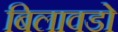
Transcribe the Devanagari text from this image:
बिलावडो